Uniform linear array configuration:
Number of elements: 64
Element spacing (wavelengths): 0.75
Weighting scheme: exponential
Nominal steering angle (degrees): -60
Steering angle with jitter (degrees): -61.325
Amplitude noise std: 0.05
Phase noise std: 0.05

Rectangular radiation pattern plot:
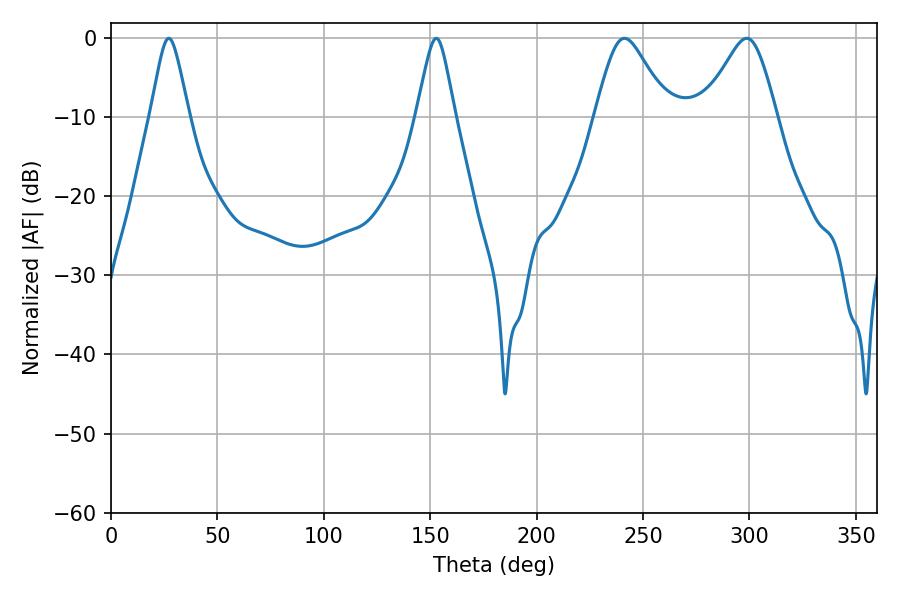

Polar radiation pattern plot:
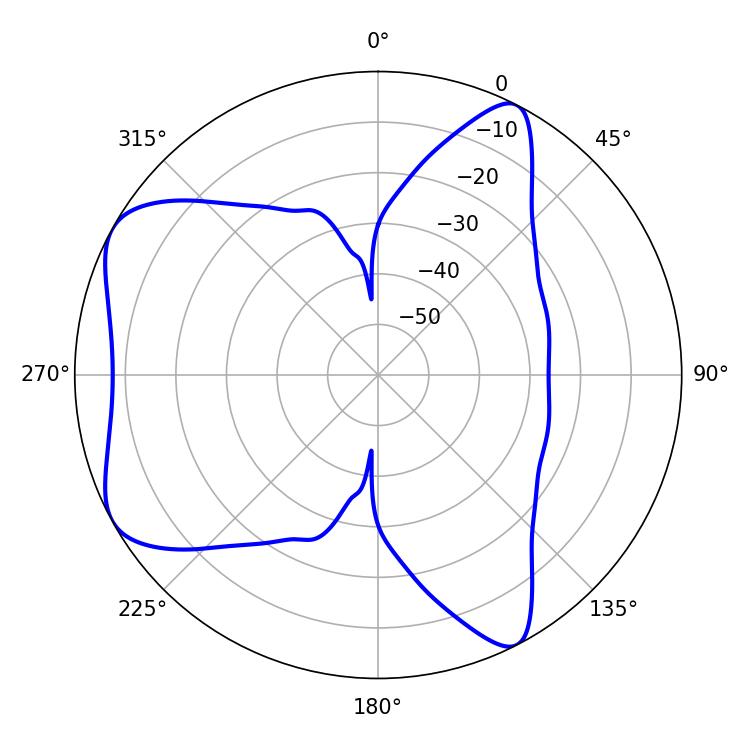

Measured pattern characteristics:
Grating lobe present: TRUE
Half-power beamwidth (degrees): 8.46
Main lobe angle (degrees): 27.18